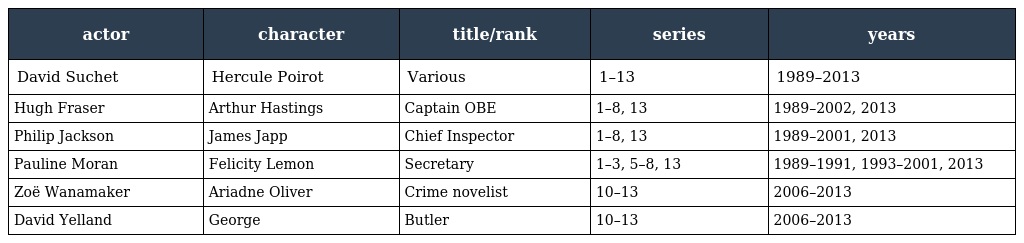
| actor | character | title/rank | series | years |
 | --- | --- | --- | --- | --- |
 | David Suchet | Hercule Poirot | Various | 1–13 | 1989–2013 |
 | Hugh Fraser | Arthur Hastings | Captain OBE | 1–8, 13 | 1989–2002, 2013 |
 | Philip Jackson | James Japp | Chief Inspector | 1–8, 13 | 1989–2001, 2013 |
 | Pauline Moran | Felicity Lemon | Secretary | 1–3, 5–8, 13 | 1989–1991, 1993–2001, 2013 |
 | Zoë Wanamaker | Ariadne Oliver | Crime novelist | 10–13 | 2006–2013 |
 | David Yelland | George | Butler | 10–13 | 2006–2013 |